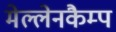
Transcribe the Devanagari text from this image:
मेल्लेनकैम्प